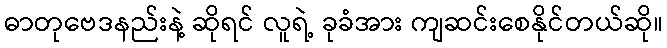
ဓာတုဗေဒနည်းနဲ့ ဆိုရင် လူရဲ့ ခုခံအား ကျဆင်းစေနိုင်တယ်ဆို။